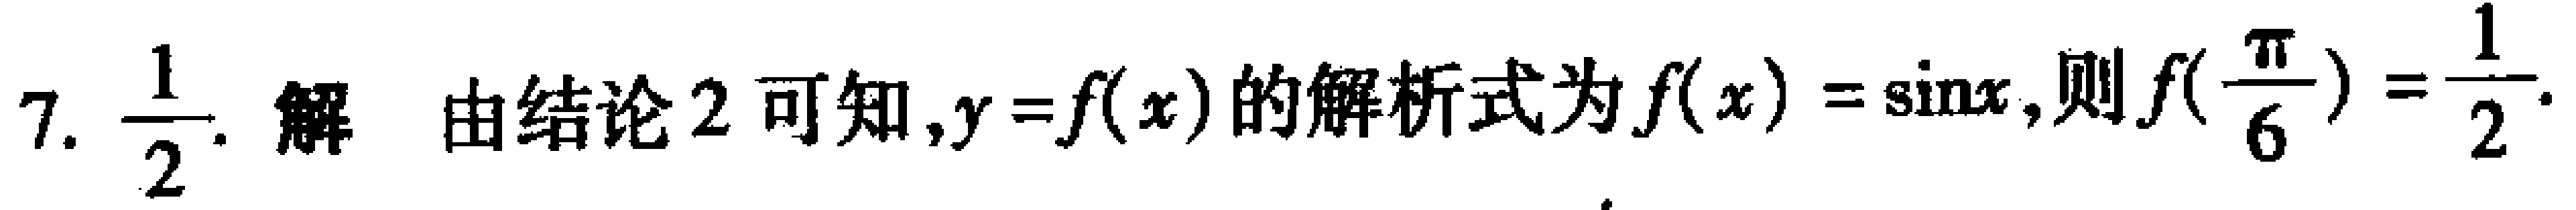
7. $\frac{1}{2}$. 解 由结论2可知，$y = f(x)$的解析式为$f(x)=\sin x$,则$f(\frac{\pi}{6})=\frac{1}{2}$.